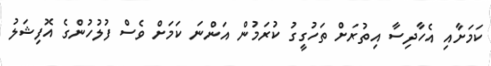
ކަމަށާއި އެހާދިސާ އިތުރަށް ތަހުގީގު ކުރަމުން އަންނަ ކަމަށް ވެސް ފުލުހުންގެ އޮފިޝަލު